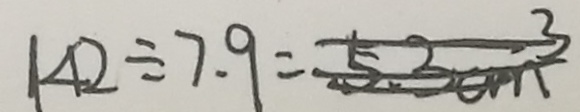
1 4 2 \div 7 . 9 = 5 3 c m ^ { 3 }